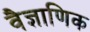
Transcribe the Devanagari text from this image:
वैज्ञाणिक